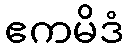
ဧကမိဒံ